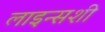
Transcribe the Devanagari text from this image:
लाइन्सशी